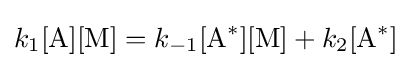
k_{1}[{\ce {A}}][{\ce {M}}]=k_{-1}[{\ce {A}}^{*}][{\ce {M}}]+k_{2}[{\ce {A}}^{*}]